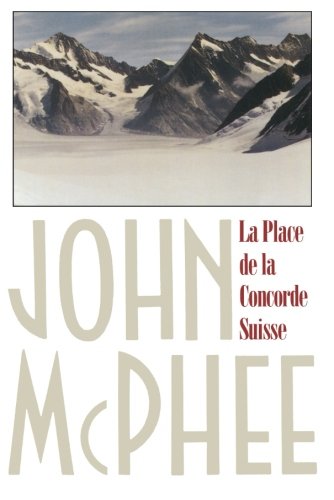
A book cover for La Place de la Concorde Suisse; John McPhee; Travel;